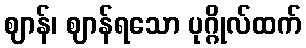
ဈာန်၊ ဈာန်ရသော ပုဂ္ဂိုလ်ထက်